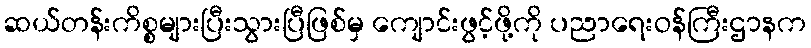
ဆယ်တန်းကိစ္စများပြီးသွားပြီဖြစ်မှ ကျောင်းဖွင့်ဖို့ကို ပညာရေးဝန်ကြီးဌာနက